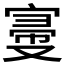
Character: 𡩠